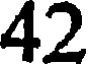
42